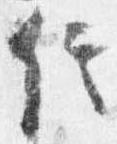
信